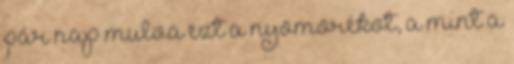
pár nap mulva ezt a nyomorékot, a mint a